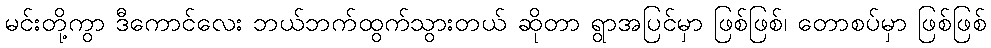
မင်းတို့ကွာ ဒီကောင်လေး ဘယ်ဘက်ထွက်သွားတယ် ဆိုတာ ရွာအပြင်မှာ ဖြစ်ဖြစ်၊ တောစပ်မှာ ဖြစ်ဖြစ်